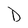
Character: D